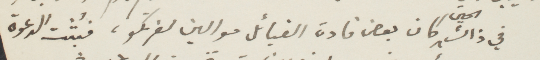
في ذلك الحين، كان بعض قادة القبائل موالين لفرنكو، فبُتت الدعوة